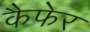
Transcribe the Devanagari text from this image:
कैफेर